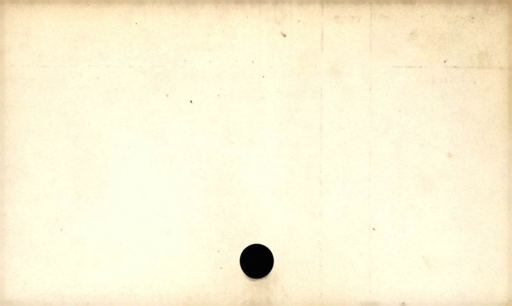
Label: blank